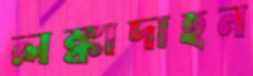
লঙ্কাদাহন